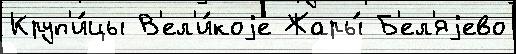
Круп'и́цы В'ел'и́коjе Жары́ Б'ел'яjево